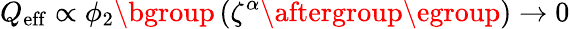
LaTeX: Q_{\mathrm{eff}}\propto\phi_{2}\mathopen{}\mathclose\bgroup\left(\zeta^{\alpha}\aftergroup\egroup\right)\rightarrow 0